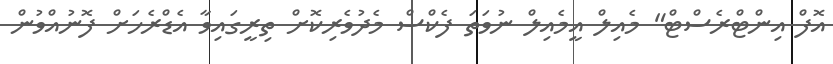
އޮފް އިންޓްރެސްޓް" މެއިލް އީމެއިލް ނުވަތަ ފެކްސް މެދުވެރިކޮށް ތިރީގައިވާ އެޑްރެހަށް ފޮނުއްވުން